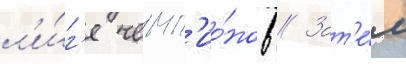
л'и́г'е чемп'ио́нов // Зат'е́м